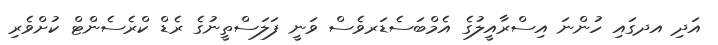
އަދި އދގައި ހުންނަ އިސްރާއީލުގެ އެމްބަސެޑަރވެސް ވަނީ ފަލަސްތީނުގެ ރެޑް ކްރެސެންޓް ކުށްވެރި